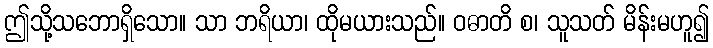
ဤသို့သဘောရှိသော။ သာ ဘရိယာ၊ ထိုမယားသည်။ ဝဓာတိ စ၊ သူသတ် မိန်းမဟူ၍